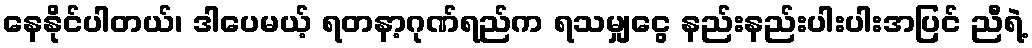
နေနိုင်ပါတယ်၊ ဒါပေမယ့် ရတနာ့ဂုဏ်ရည်က ရသမျှငွေ နည်းနည်းပါးပါးအပြင် ညီရဲ့